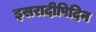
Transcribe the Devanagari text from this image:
इसरादीपिदिन